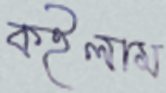
কইলাম